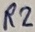
Text: R2